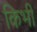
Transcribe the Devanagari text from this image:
किभी